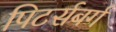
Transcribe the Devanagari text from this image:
पिटर्सबर्ग